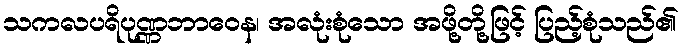
သကလပရိပုဏ္ဏဘာဝေန၊ အလုံးစုံသော အဖို့တို့ဖြင့် ပြည့်စုံသည်၏